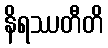
နိရဿတီတိ